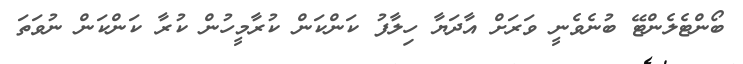
ބޯންޓެލެންޓޭ ބުނެވެނީ ވަރަށް އާދަޔާ ހިލާފު ކަންކަން ކުރާމީހުން ކުރާ ކަންކަން ނުވަތަ